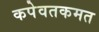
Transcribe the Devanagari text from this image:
कपेवतकमत